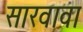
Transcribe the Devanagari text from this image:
सारवावा